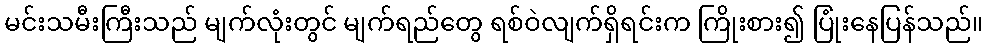
မင်းသမီးကြီးသည် မျက်လုံးတွင် မျက်ရည်တွေ ရစ်ဝဲလျက်ရှိရင်းက ကြိုးစား၍ ပြုံးနေပြန်သည်။